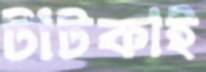
টাটকাই